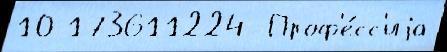
10 173611224  Проф'е́сс'иjа